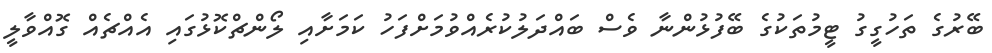
ބޭރުގެ ތަހުގީގު ޓީމުތަކުގެ ބޭފުޅުންނާ ވެސް ބައްދަލުކުރެއްވުމަށްފަހު ކަމަށާއި ލޯންޗްކޮޅުގައި އެއްޗެއް ގޮއްވާލީ